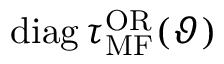
\mathrm { d i a g } \, \tau _ { \mathrm { M F } } ^ { \mathrm { O R } } ( \vartheta )